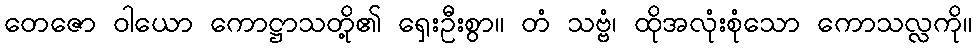
တေဇော ဝါယော ကောဋ္ဌာသတို့၏ ရှေးဦးစွာ။ တံ သဗ္ဗံ၊ ထိုအလုံးစုံသော ကောသလ္လကို။